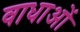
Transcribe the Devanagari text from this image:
वाधाओं